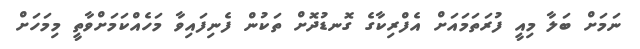
ނަމަށް ބަލާ މިއީ ފުރަތަމައަށް އެފްރިކާގެ ގޮނޑުދޮށް ތަކުން ފެނިފައިވާ މަހެއްކަމަށްވާތީ މިމަހަށް